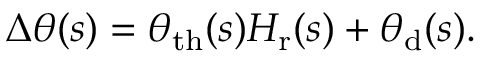
\Delta \theta ( s ) = \theta _ { \mathrm { t h } } ( s ) H _ { \mathrm { r } } ( s ) + \theta _ { \mathrm { d } } ( s ) .